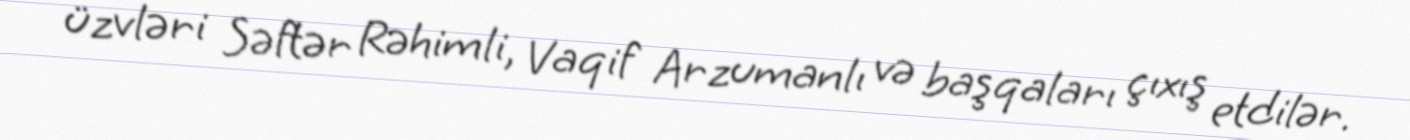
üzvləri Səftər Rəhimli, Vaqif Arzumanlı və başqaları çıxış etdilər.